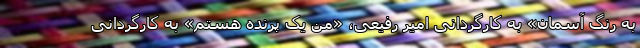
به رنگ آسمان» به کارگردانی امیر رفیعی، «من یک پرنده هستم» به کارگردانی